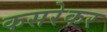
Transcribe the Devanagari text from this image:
कसरेकर